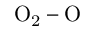
\mathrm { O _ { 2 } - O }